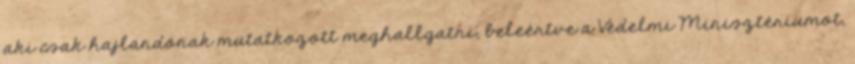
aki csak hajlandónak mutatkozott meghallgatni, beleértve a Védelmi Minisztériumot,